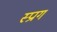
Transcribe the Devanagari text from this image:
स्प्राग